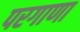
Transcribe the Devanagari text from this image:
परगाणा